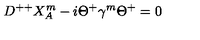
D ^ { + + } X _ { A } ^ { m } - i \Theta ^ { + } \gamma ^ { m } \Theta ^ { + } = 0